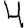
Digit: 4